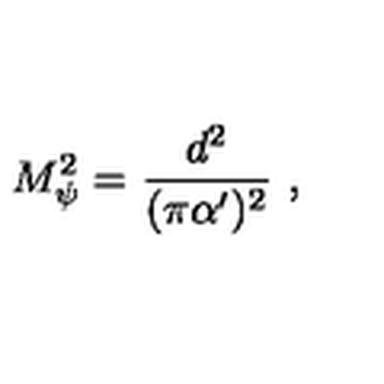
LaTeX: M _ { \psi } ^ { 2 } = { \frac { d ^ { 2 } } { ( \pi \alpha ^ { \prime } ) ^ { 2 } } } \ ,